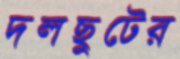
দলছুটের